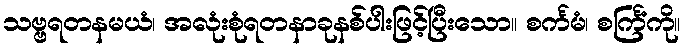
သဗ္ဗရတနမယံ၊ အလုံးစုံရတနာခုနစ်ပါးဖြင့်ပြီးသော။ စင်္ကမံ၊ စင်္ကြံကို။